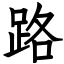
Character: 路